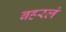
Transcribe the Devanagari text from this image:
बहरलं